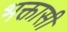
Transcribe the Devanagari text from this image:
भक्तासी